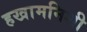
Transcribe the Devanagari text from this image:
हखामनिशी